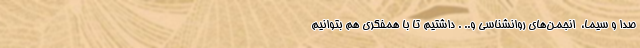
صدا و سیما، ‌ انجمن‌های روانشناسی و.. . داشتیم تا با همفکری هم بتوانیم